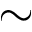
\sim